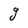
Character: g